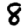
Digit: 8